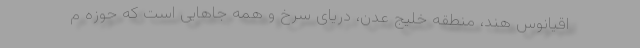
اقیانوس هند، منطقه خلیج عدن، دریای سرخ و همه جاهایی است که حوزه م